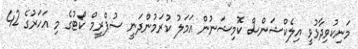
މަނިކުވިދާޅުވީ އިލެކްޝަންސް ކޮމިޝަނުން އަމަލު ކުރަމުންދަނީ ސުޕްރީމް ކޯޓުގެ މި އަހަރުގެ 42